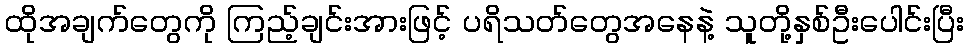
ထိုအချက်တွေကို ကြည့်ချင်းအားဖြင့် ပရိသတ်တွေအနေနဲ့ သူတို့နှစ်ဦးပေါင်းပြီး